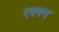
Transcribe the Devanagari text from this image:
एक्श्न